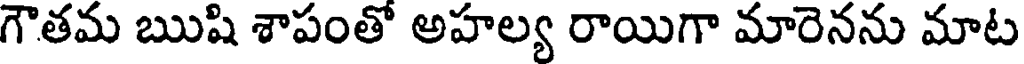
గౌతమ ఋషి శాపంతో అహల్య రాయిగా మారెనను మాట